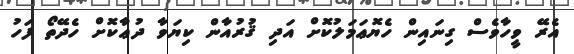
އެރޭ ވީހާވެސް ގިނައިން ހެޔޮޢަމަލުކޮށް އަދި ޤުރުއާން ކިޔަވާ ދުޢާކޮށް ހެދޭތޯ ފަހު